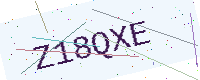
Text: Z18QXE